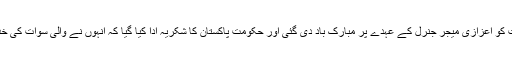
اجلاس میں مشترکہ طور پر والیِ سوات کو اعزازی میجر جنرل کے عہدے پر مبارک باد دی گئی اور حکومتِ پاکستان کا شکریہ ادا کیا گیا کہ انہوں نے والیِ سوات کی خدمات کی قدر کی اور عزت افزائی کی۔